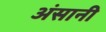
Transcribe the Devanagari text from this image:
अंसानी